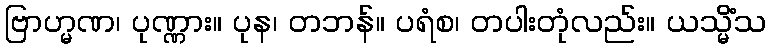
ဗြာဟ္မဏ၊ ပုဏ္ဏား။ ပုန၊ တဘန်။ ပရံစ၊ တပါးတုံလည်း။ ယသ္မိံသ